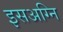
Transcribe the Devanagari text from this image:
इसअग्नि